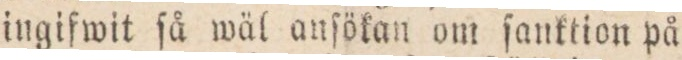
ingifwit ſå wäl anſökan om ſanktion på